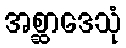
အစ္ဆာဒေသုံ